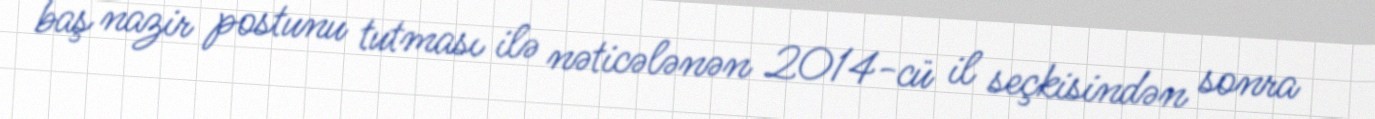
baş nazir postunu tutması ilə nəticələnən 2014-cü il seçkisindən sonra